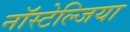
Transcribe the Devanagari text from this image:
नॉस्टेल्जिया